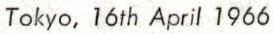
Tokyo,16th April 1966